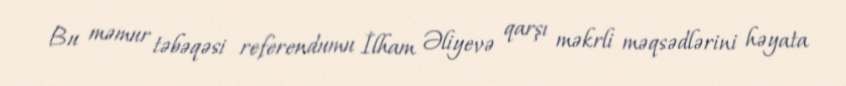
Bu məmur təbəqəsi referendumu İlham Əliyevə qarşı məkrli məqsədlərini həyata